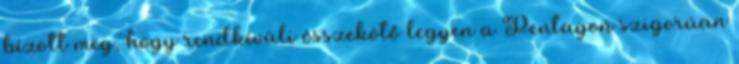
bízott meg, hogy rendkívüli összekötő legyen a Pentagon szigorúan